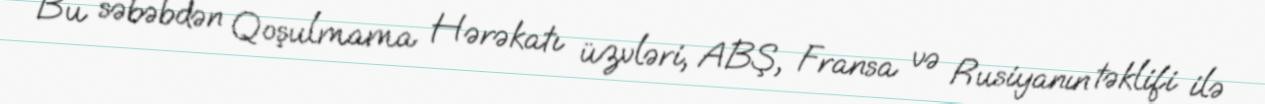
Bu səbəbdən Qoşulmama Hərəkatı üzvləri, ABŞ, Fransa və Rusiyanın təklifi ilə